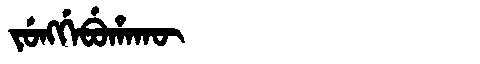
Manchu: ᠵᡠᠩᡤᡝᠪᡠᡥᠠᡴᡡ
Romanization: JUNGGEBUHAKŪ